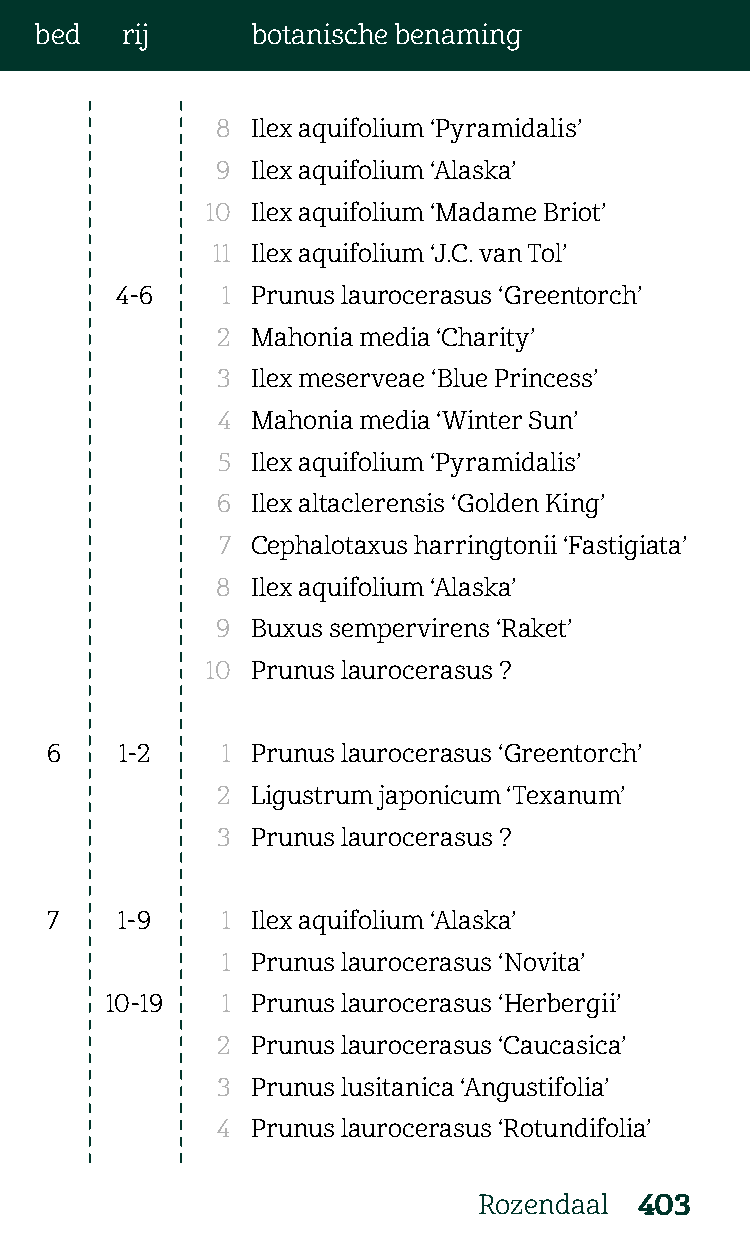
bed   rij      botanische benaming
 8  Ilex aquifolium ‘Pyramidalis’
 9  Ilex aquifolium ‘Alaska’
 10 Ilex aquifolium ‘Madame Briot’
 11 Ilex aquifolium ‘J.C. van Tol’
 4-6    1 Prunus laurocerasus ‘Greentorch’
 2  Mahonia media ‘Charity’
 3  Ilex meserveae ‘Blue Princess’
 4  Mahonia media ‘Winter Sun’
 5  Ilex aquifolium ‘Pyramidalis’
 6  Ilex altaclerensis ‘Golden King’
 7  Cephalotaxus harringtonii ‘Fastigiata’
 8  Ilex aquifolium ‘Alaska’
 9  Buxus sempervirens ‘Raket’
 10 Prunus laurocerasus ?
 6    1-2    1 Prunus laurocerasus ‘Greentorch’
 2  Ligustrum japonicum ‘Texanum’
 3  Prunus laurocerasus ?
 7    1-9    1 Ilex aquifolium ‘Alaska’
 1 Prunus laurocerasus ‘Novita’
 10-19   1 Prunus laurocerasus ‘Herbergii’
 2  Prunus laurocerasus ‘Caucasica’
 3  Prunus lusitanica ‘Angustifolia’
 4  Prunus laurocerasus ‘Rotundifolia’
 Rozendaal 403